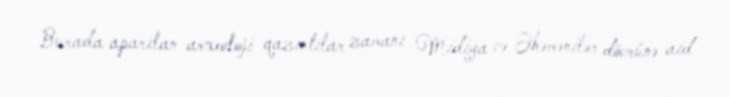
Burada aparılan arxeoloji qazıntılar zamanı Midiya və Əhəmənilər dövrünə aid